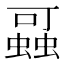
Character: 𰳖